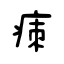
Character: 㾊